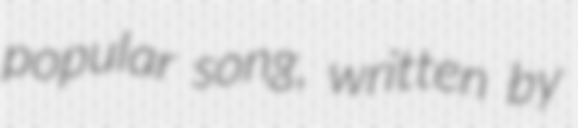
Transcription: popular song, written by